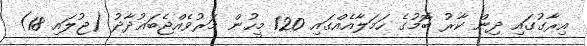
އިރާގުގައި ދިން ކާރު ބޮމުގެ ހަމަލާއެއްގައި 120 މީހުން މަރުވެއްޖެބަޣުދާދު (ޖުލައި 18)